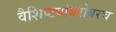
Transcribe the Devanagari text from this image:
वैशिष्ट्यांबरोबरच